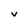
Character: v